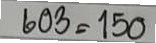
603 = 150